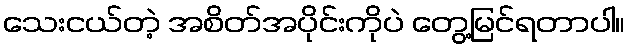
သေးငယ်တဲ့ အစိတ်အပိုင်းကိုပဲ တွေ့မြင်ရတာပါ။